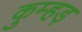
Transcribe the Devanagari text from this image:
कुम्हड़